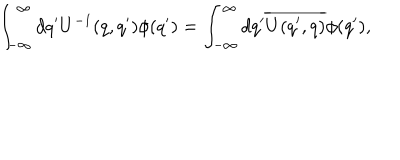
LaTeX: \int _ { - \infty } ^ { \infty } d q ^ { \prime } U ^ { - 1 } ( q , q ^ { \prime } ) \phi ( q ^ { \prime } ) = \int _ { - \infty } ^ { \infty } d q ^ { \prime } \overline { { { U ( q ^ { \prime } , q ) } } } \phi ( q ^ { \prime } ) ,